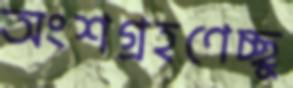
অংশগ্রহণেচ্ছু